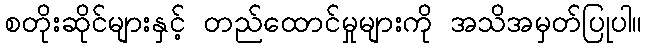
စတိုးဆိုင်များနှင့် တည်ထောင်မှုများကို အသိအမှတ်ပြုပါ။